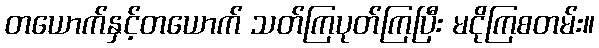
တယောက်နှင့်တယောက် သတ်ကြပုတ်ကြပြီး မငိုကြစတမ်း။